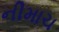
નીમાચ